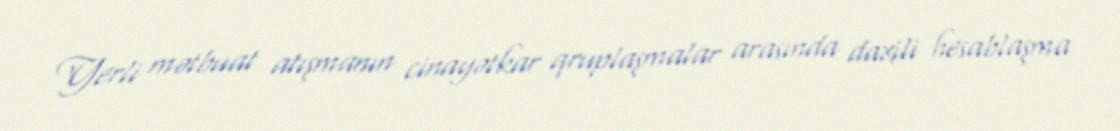
Yerli mətbuat atışmanın cinayətkar qruplaşmalar arasında daxili hesablaşma